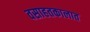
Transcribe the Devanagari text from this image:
वसाहतकालात